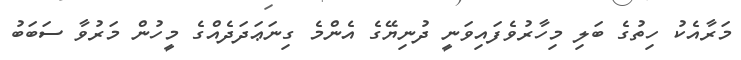
މަރާއެކު ހިތުގެ ބަލި މިހާރުވެފައިވަނީ ދުނިޔޭގެ އެންމެ ގިނަޢަދަދެއްގެ މީހުން މަރުވާ ސަބަބު